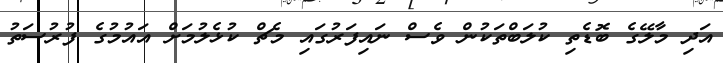
އަދި މާލޭގެ ބޮޑެތި ކުލަބްތަކުން ވެސް ނައިފަރުގައި މެޗް ކުޅެލުމަށް އައުމުގެ ފުރުސަތު